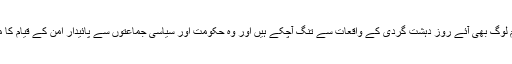
معاشرے کے عام لوگ بھی آئے روز دہشت گردی کے واقعات سے تنگ آچکے ہیں اور وہ حکومت اور سیاسی جماعتوں سے پائیدار امن کے قیام کا مطالبہ کرتے ہیں۔